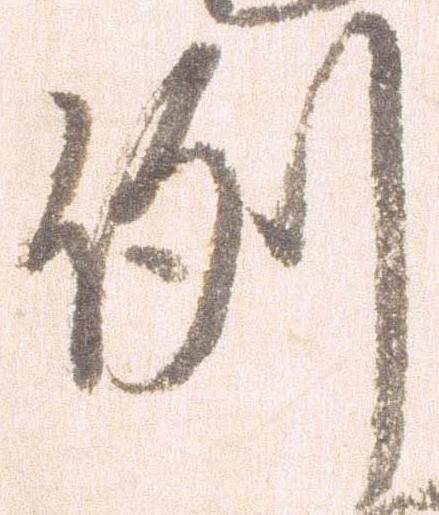
例